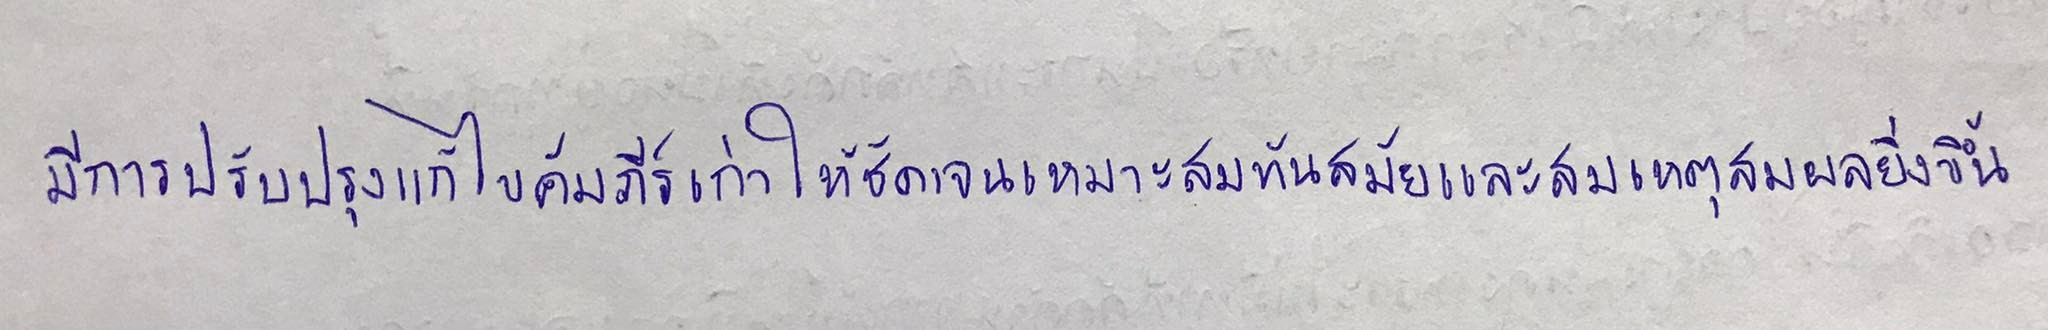
มีการปรับปรุงแก้ไขคัมภีร์เก่าให้ชัดเจนเหมาะสมทันสมัยและสมเหตุสมผลยิ่งขึ้น